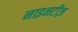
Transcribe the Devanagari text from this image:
नाइनटीज़